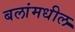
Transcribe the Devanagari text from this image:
बलांमधील